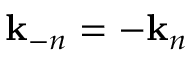
\mathbf { k } _ { - n } = - \mathbf { k } _ { n }